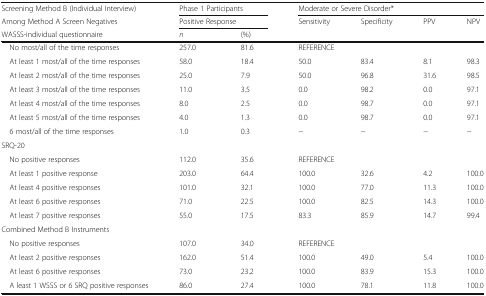
| Screening Method B (Individual Interview) | <COLSPAN=2> Phase 1 Participants | <COLSPAN=4> Moderate or Severe Disorder* |
 | Among Method A Screen Negatives | <COLSPAN=2> Positive Response | Sensitivity | Specificity | PPV | NPV |
 | WASSS-individual questionnaire | n | (%) |  |  |  |  |
 | --- | --- | --- | --- | --- | --- | --- |
 | No most/all of the time responses | 257.0 | 81.6 | <COLSPAN=4> REFERENCE |
 | At least 1 most/all of the time responses | 58.0 | 18.4 | 50.0 | 83.4 | 8.1 | 98.3 |
 | At least 2 most/all of the time responses | 25.0 | 7.9 | 50.0 | 96.8 | 31.6 | 98.5 |
 | At least 3 most/all of the time responses | 11.0 | 3.5 | 0.0 | 98.2 | 0.0 | 97.1 |
 | At least 4 most/all of the time responses | 8.0 | 2.5 | 0.0 | 98.7 | 0.0 | 97.1 |
 | At least 5 most/all of the time responses | 4.0 | 1.3 | 0.0 | 98.7 | 0.0 | 97.1 |
 | 6 most/all of the time responses | 1.0 | 0.3 | − | − | − | − |
 | <COLSPAN=7> SRQ-20 |
 | No positive responses | 112.0 | 35.6 | <COLSPAN=4> REFERENCE |
 | At least 1 positive response | 203.0 | 64.4 | 100.0 | 32.6 | 4.2 | 100.0 |
 | At least 4 positive responses | 101.0 | 32.1 | 100.0 | 77.0 | 11.3 | 100.0 |
 | At least 6 positive responses | 71.0 | 22.5 | 100.0 | 82.5 | 14.3 | 100.0 |
 | At least 7 positive responses | 55.0 | 17.5 | 83.3 | 85.9 | 14.7 | 99.4 |
 | <COLSPAN=7> Combined Method B Instruments |
 | No positive responses | 107.0 | 34.0 | <COLSPAN=4> REFERENCE |
 | At least 2 positive responses | 162.0 | 51.4 | 100.0 | 49.0 | 5.4 | 100.0 |
 | At least 6 positive responses | 73.0 | 23.2 | 100.0 | 83.9 | 15.3 | 100.0 |
 | A least 1 WSSS or 6 SRQ positive responses | 86.0 | 27.4 | 100.0 | 78.1 | 11.8 | 100.0 |